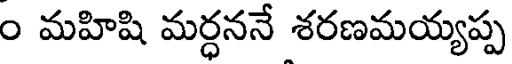
ం మహిషి మర్ధననే శరణమయ్యప్ప